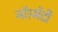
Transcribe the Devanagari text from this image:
नॉरमेंडी